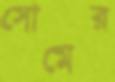
সোমের